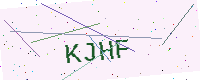
Text: KJHF